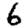
Digit: 6